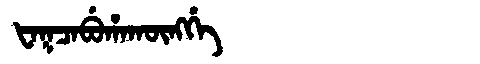
Manchu: ᡶᠠᡴᠴᠠᠪᡠᡥᠠᡴᡡᠩᡤᡝ
Romanization: FAKCABUHAKŪNGGE